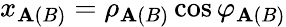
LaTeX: x_{\mathbf{A}(B)}=\rho_{\mathbf{A}(B)}\cos\varphi_{\mathbf{A}(B)}